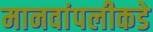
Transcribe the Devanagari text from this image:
मानवांपलीकडे